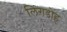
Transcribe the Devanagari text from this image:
लिंगडोह